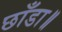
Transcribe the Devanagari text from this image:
छाँडा॥